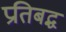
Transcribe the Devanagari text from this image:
प्रतिबद्ध